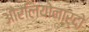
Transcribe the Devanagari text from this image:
औरलियोनार्दो